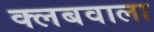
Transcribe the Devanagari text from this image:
क्लबवाला